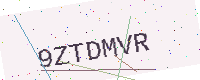
Text: 9ZTDMVR